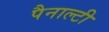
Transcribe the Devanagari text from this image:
पैनाल्टी